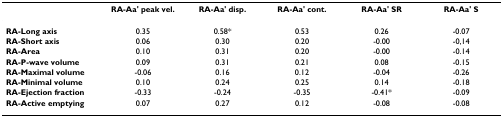
<table><thead><tr><td></td><td><b>RA-Aa&#x27; peak vel.</b></td><td><b>RA-Aa&#x27; disp.</b></td><td><b>RA-Aa&#x27; cont.</b></td><td><b>RA-Aa&#x27; SR</b></td><td><b>RA-Aa&#x27; S</b></td></tr></thead><tbody><tr><td><b>RA-Long axis</b></td><td>0.35</td><td>0.58*</td><td>0.53</td><td>0.26</td><td>-0.07</td></tr><tr><td><b>RA-Short axis</b></td><td>0.06</td><td>0.30</td><td>0.20</td><td>-0.00</td><td>-0,14</td></tr><tr><td><b>RA-Area</b></td><td>0.10</td><td>0.31</td><td>0.20</td><td>-0.00</td><td>-0.14</td></tr><tr><td><b>RA-P-wave volume</b></td><td>0.09</td><td>0.31</td><td>0.21</td><td>0.08</td><td>-0.15</td></tr><tr><td><b>RA-Maximal volume</b></td><td>-0.06</td><td>0.16</td><td>0.12</td><td>-0.04</td><td>-0.26</td></tr><tr><td><b>RA-Minimal volume</b></td><td>0.10</td><td>0.24</td><td>0.25</td><td>0.14</td><td>-0.18</td></tr><tr><td><b>RA-Ejection fraction</b></td><td>-0.33</td><td>-0.24</td><td>-0.35</td><td>-0.41*</td><td>-0.09</td></tr><tr><td><b>RA-Active emptying</b></td><td>0.07</td><td>0.27</td><td>0.12</td><td>-0.08</td><td>-0.08</td></tr></tbody></table>